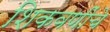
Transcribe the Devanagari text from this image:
शिकवणींचे